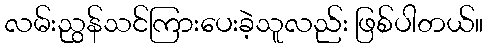
လမ်းညွန်သင်ကြားပေးခဲ့သူလည်း ဖြစ်ပါတယ်။